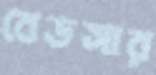
বেডসার